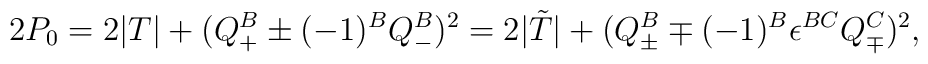
2P_0=2 |T|+( Q_+^B \pm (-1)^B Q_-^B )^2=2 |{\tilde T}|+( Q_\pm^B\mp (-1)^B \epsilon^{BC} Q_\mp^C)^2 ,